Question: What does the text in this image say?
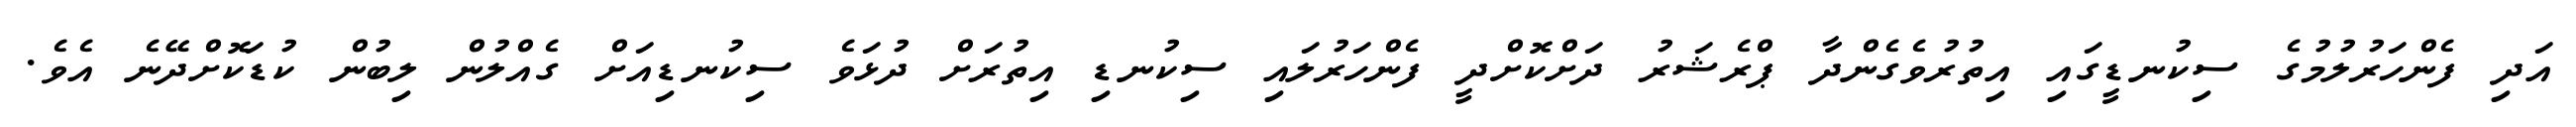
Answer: އަދި ފެންހަރުލުމުގެ ސިކުނޑީގައި އިތުރުވެގެންދާ ޕްރެޝަރު ދަށްކޮށްދީ ފެންހަރުލައި ސިކުނޑި އިތުރަށް ދުޅަވެ ސިކުނޑިއަށް ގެއްލުން ލިބުން ކުޑަކޮށްދޭނެ އެވެ.